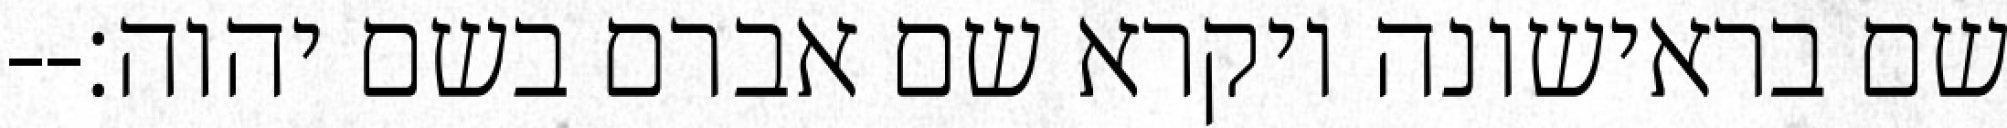
שם בראישונה ויקרא שם אברם בשם יהוה׃--